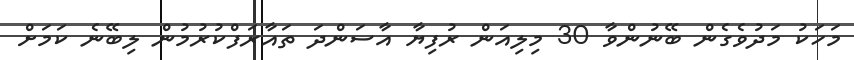
މަހަކު މަދުވެގެން ބޭނުންވާ 30 މިލިއަން ރުފިޔާ އާސަންދަ ތައާރަފްކުރުމުން ލިބޭނެ ކަމަށް